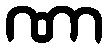
ဏာ